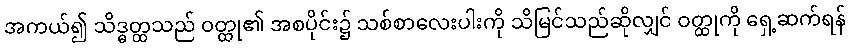
အကယ်၍ သိဒ္ဓတ္ထသည် ဝတ္ထု၏ အစပိုင်း၌ သစ်စာလေးပါးကို သိမြင်သည်ဆိုလျှင် ဝတ္ထုကို ရှေ့ဆက်ရန်